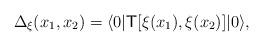
LaTeX: \begin{align*}\Delta_\xi(x_{1},x_{2})=\langle 0|{\sf T}[\xi(x_{1}),\xi(x_{2})]|0 \rangle,\end{align*}